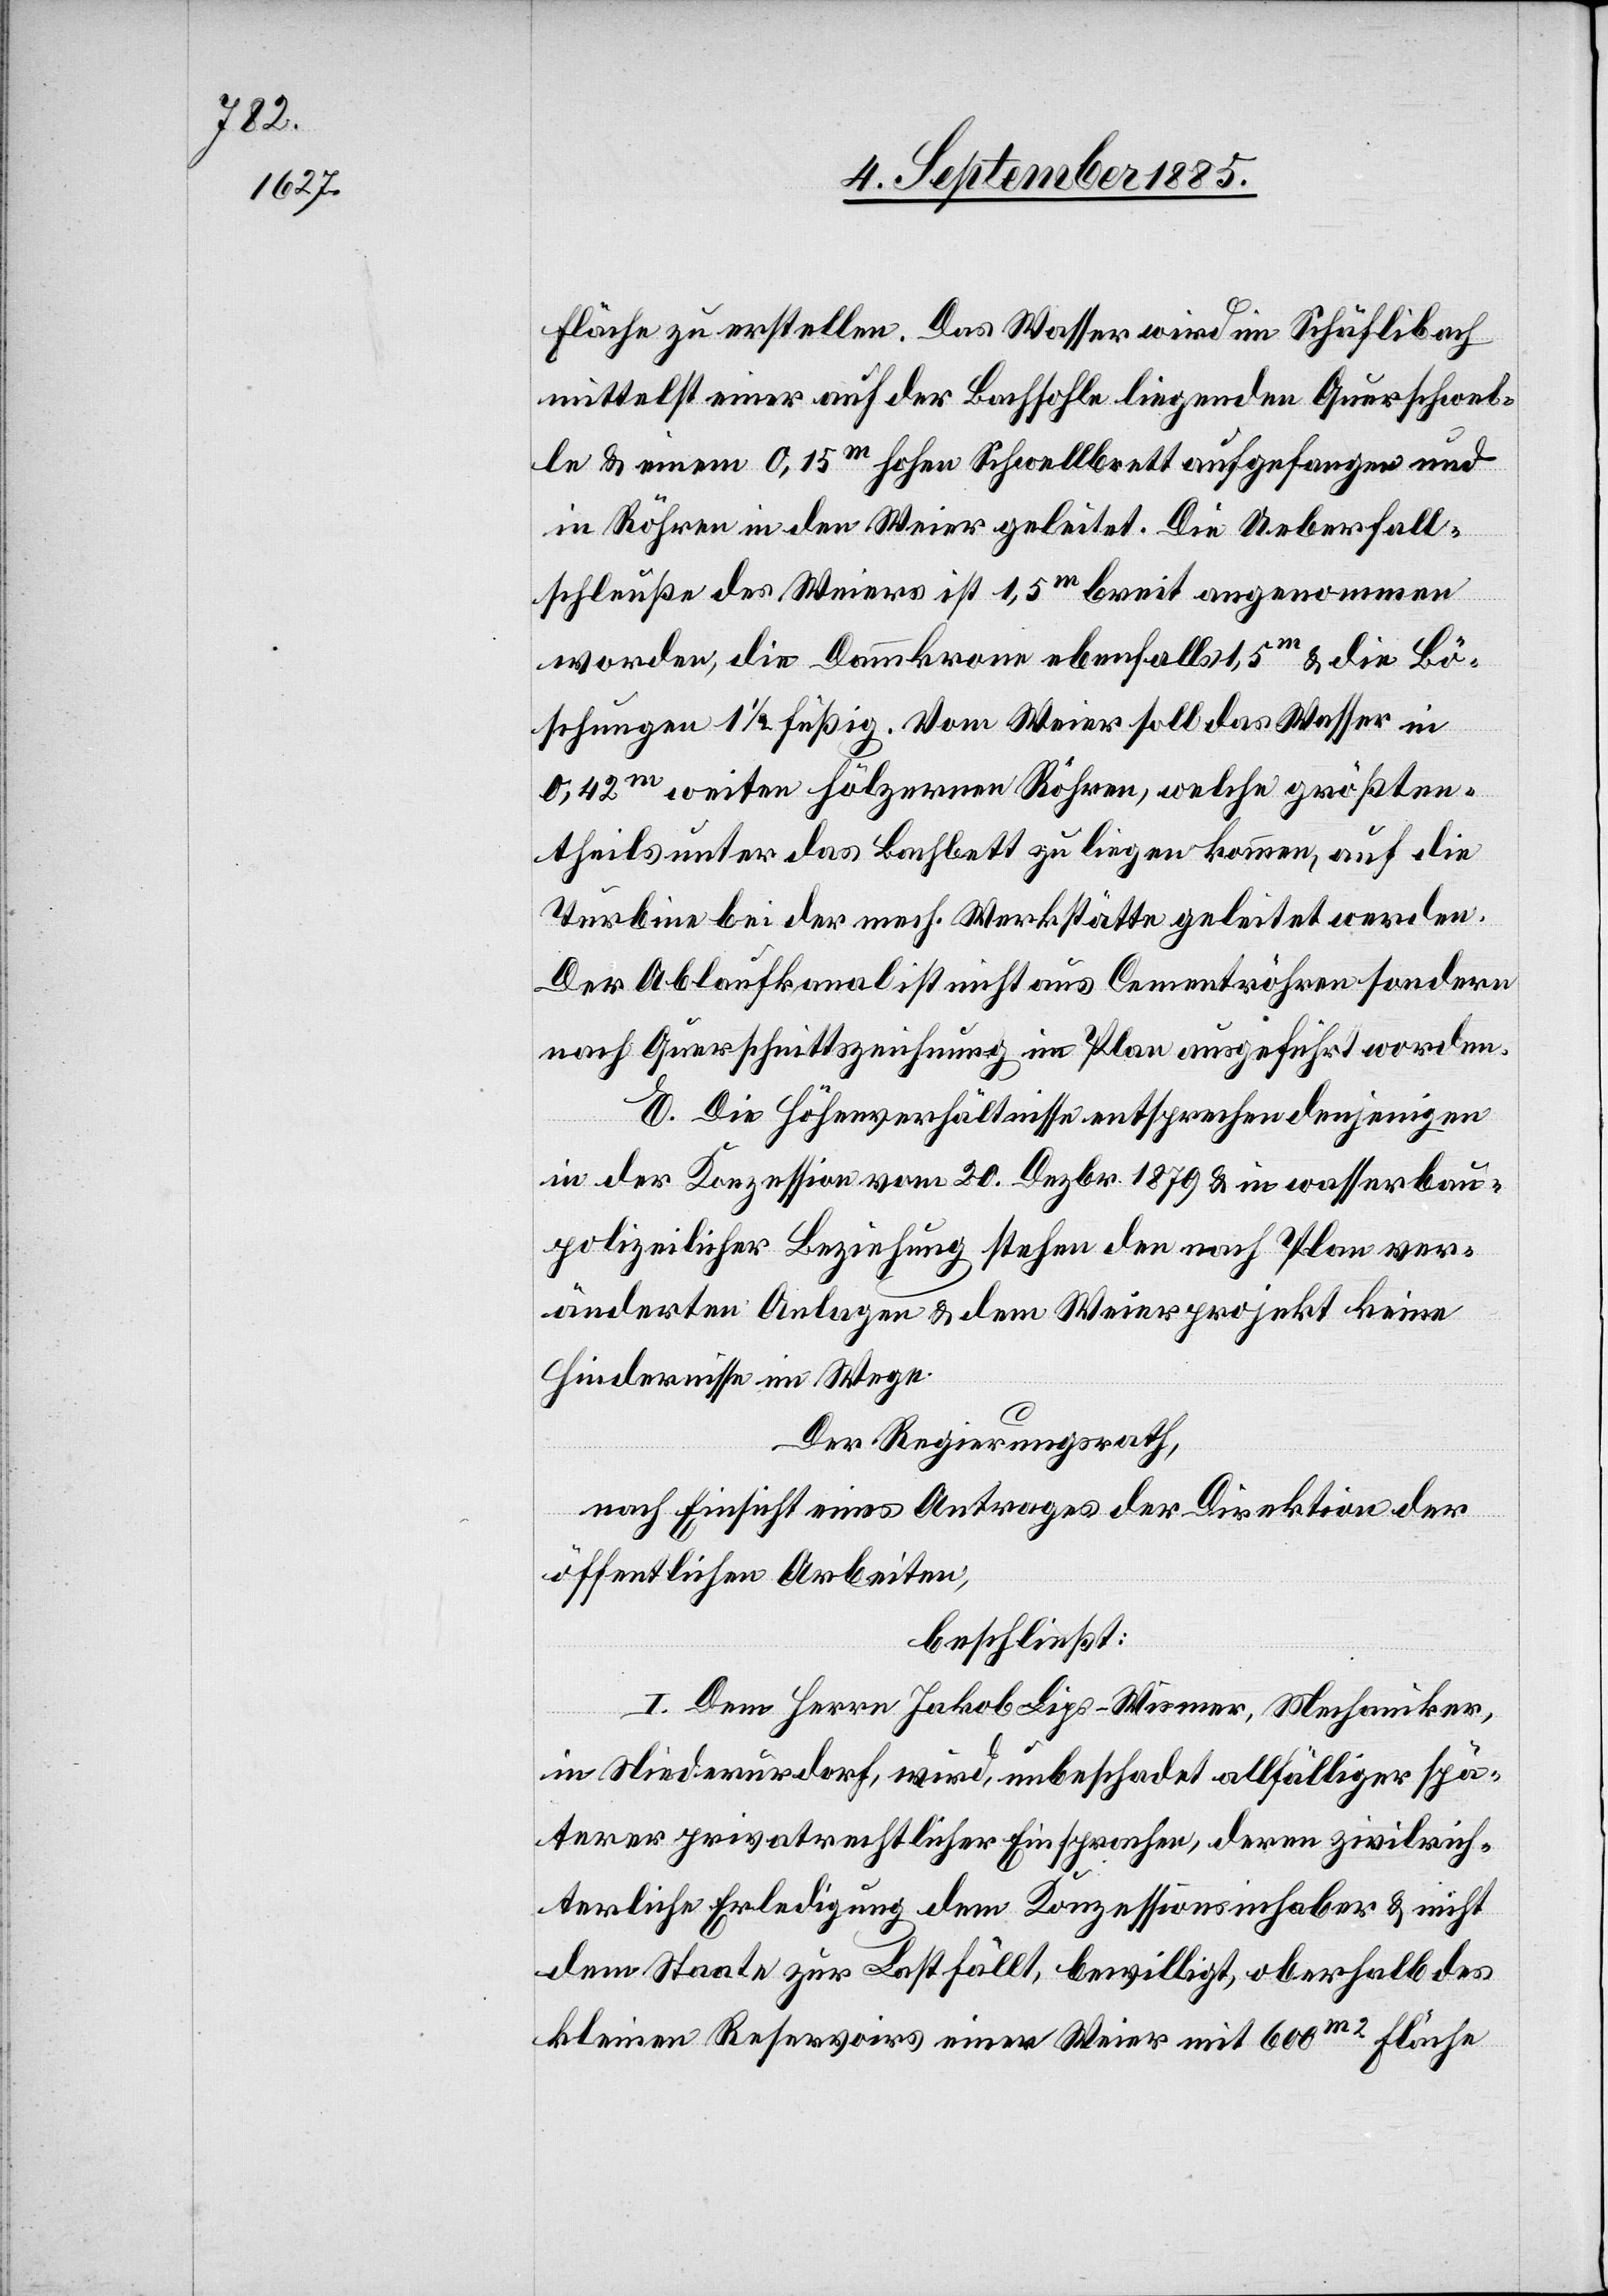
Fläche zu erstellen. Das Wasser wird im Schäflibach
mittelst einer auf der Bachsohle liegenden Querschwel¬
le & einem 0,15m hohen Schwellbrett aufgefangen und
in Röhren in den Weier geleitet. Die Ueberfall¬
schleuße des Weiers ist 1,5m breit angenommen
worden, die Dammkrone ebenfalls 1,5m & die Bö¬
schungen 1 1/2füßig. Vom Weier soll das Wasser in
0,42m weiten hölzernen Röhren, welche größten¬
theils unter das Bachbett zu liegen kommen, auf die
Turbine bei der mech. Werkstätte geleitet werden.
Der Ablaufkanal ist nicht aus Cementröhren sondern
nach Querschnittszeichnung im Plan ausgeführt worden.
E. Die Höhenverhältnisse entsprechen denjenigen
in der Konzession vom 20. Dezbr. 1879 & in wasserbau¬
polizeilicher Beziehung stehen den nach Plan ver¬
änderten Anlagen & dem Weierprojekt keine
Hindernisse im Wege.
Der Regierungsrath,
nach Einsicht eines Antrages der Direktion der
öffentlichen Arbeiten,
beschließt:
I. Dem Herrn Jakob Lips-Wismer, Mechaniker,
in Niederurdorf, wird, unbeschadet allfälliger spä¬
terer privatrechtlicher Einsprachen, deren zivilrich¬
terliche Erledigung dem Konzessionsinhaber & nicht
dem Staate zur Last fällt, bewilligt, oberhalb des
kleinen Reservoirs einen Weier mit 600m2 Fläche